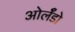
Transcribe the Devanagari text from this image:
ओर्लँडो